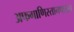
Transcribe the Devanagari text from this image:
अफगाणिस्तानपासून